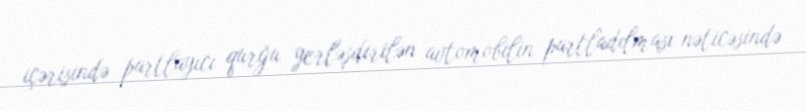
içərisində partlayıcı qurğu yerləşdirilən avtomobilin partladılması nəticəsində